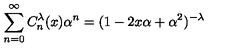
\sum _ { n = 0 } ^ { \infty } C _ { n } ^ { \lambda } ( x ) \alpha ^ { n } = ( 1 - 2 x \alpha + \alpha ^ { 2 } ) ^ { - \lambda }